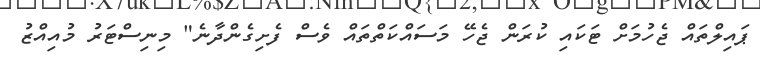
ޕައިލްތައް ޖެހުމަށް ޓަކައި ކުރަން ޖެހޭ މަސައްކަތްތައް ވެސް ފެށިގެންދާނެ" މިނިސްޓަރު މުއިއްޒު